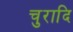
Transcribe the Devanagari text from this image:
चुरादि